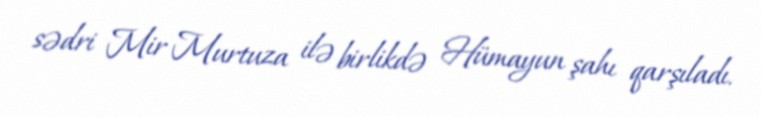
sədri Mir Murtuza ilə birlikdə Hümayun şahı qarşıladı.